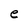
Character: e